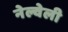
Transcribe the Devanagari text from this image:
नेल्वेली